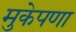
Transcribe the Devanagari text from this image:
मुकेपणा